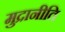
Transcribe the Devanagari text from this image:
मुद्रानीति